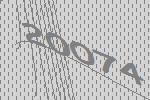
20074